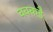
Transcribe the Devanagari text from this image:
वक्कडै